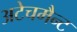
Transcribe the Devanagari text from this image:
अटेचमैन्ट